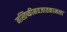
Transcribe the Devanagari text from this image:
मस्तिष्कीनवजातकामला